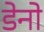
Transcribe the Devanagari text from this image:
डेनो